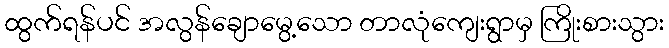
ထွက်ရန်ပင် အလွန်ချောမွေ့သော တာလုံကျေးရွာမှ ကြိုးစားသွား